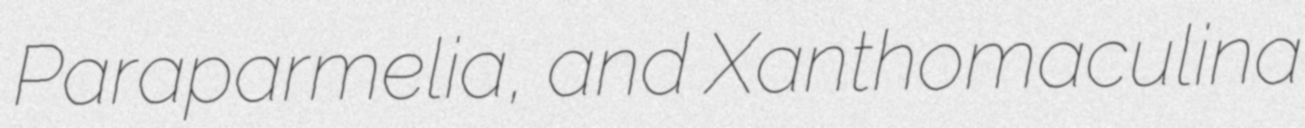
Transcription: Paraparmelia, and Xanthomaculina